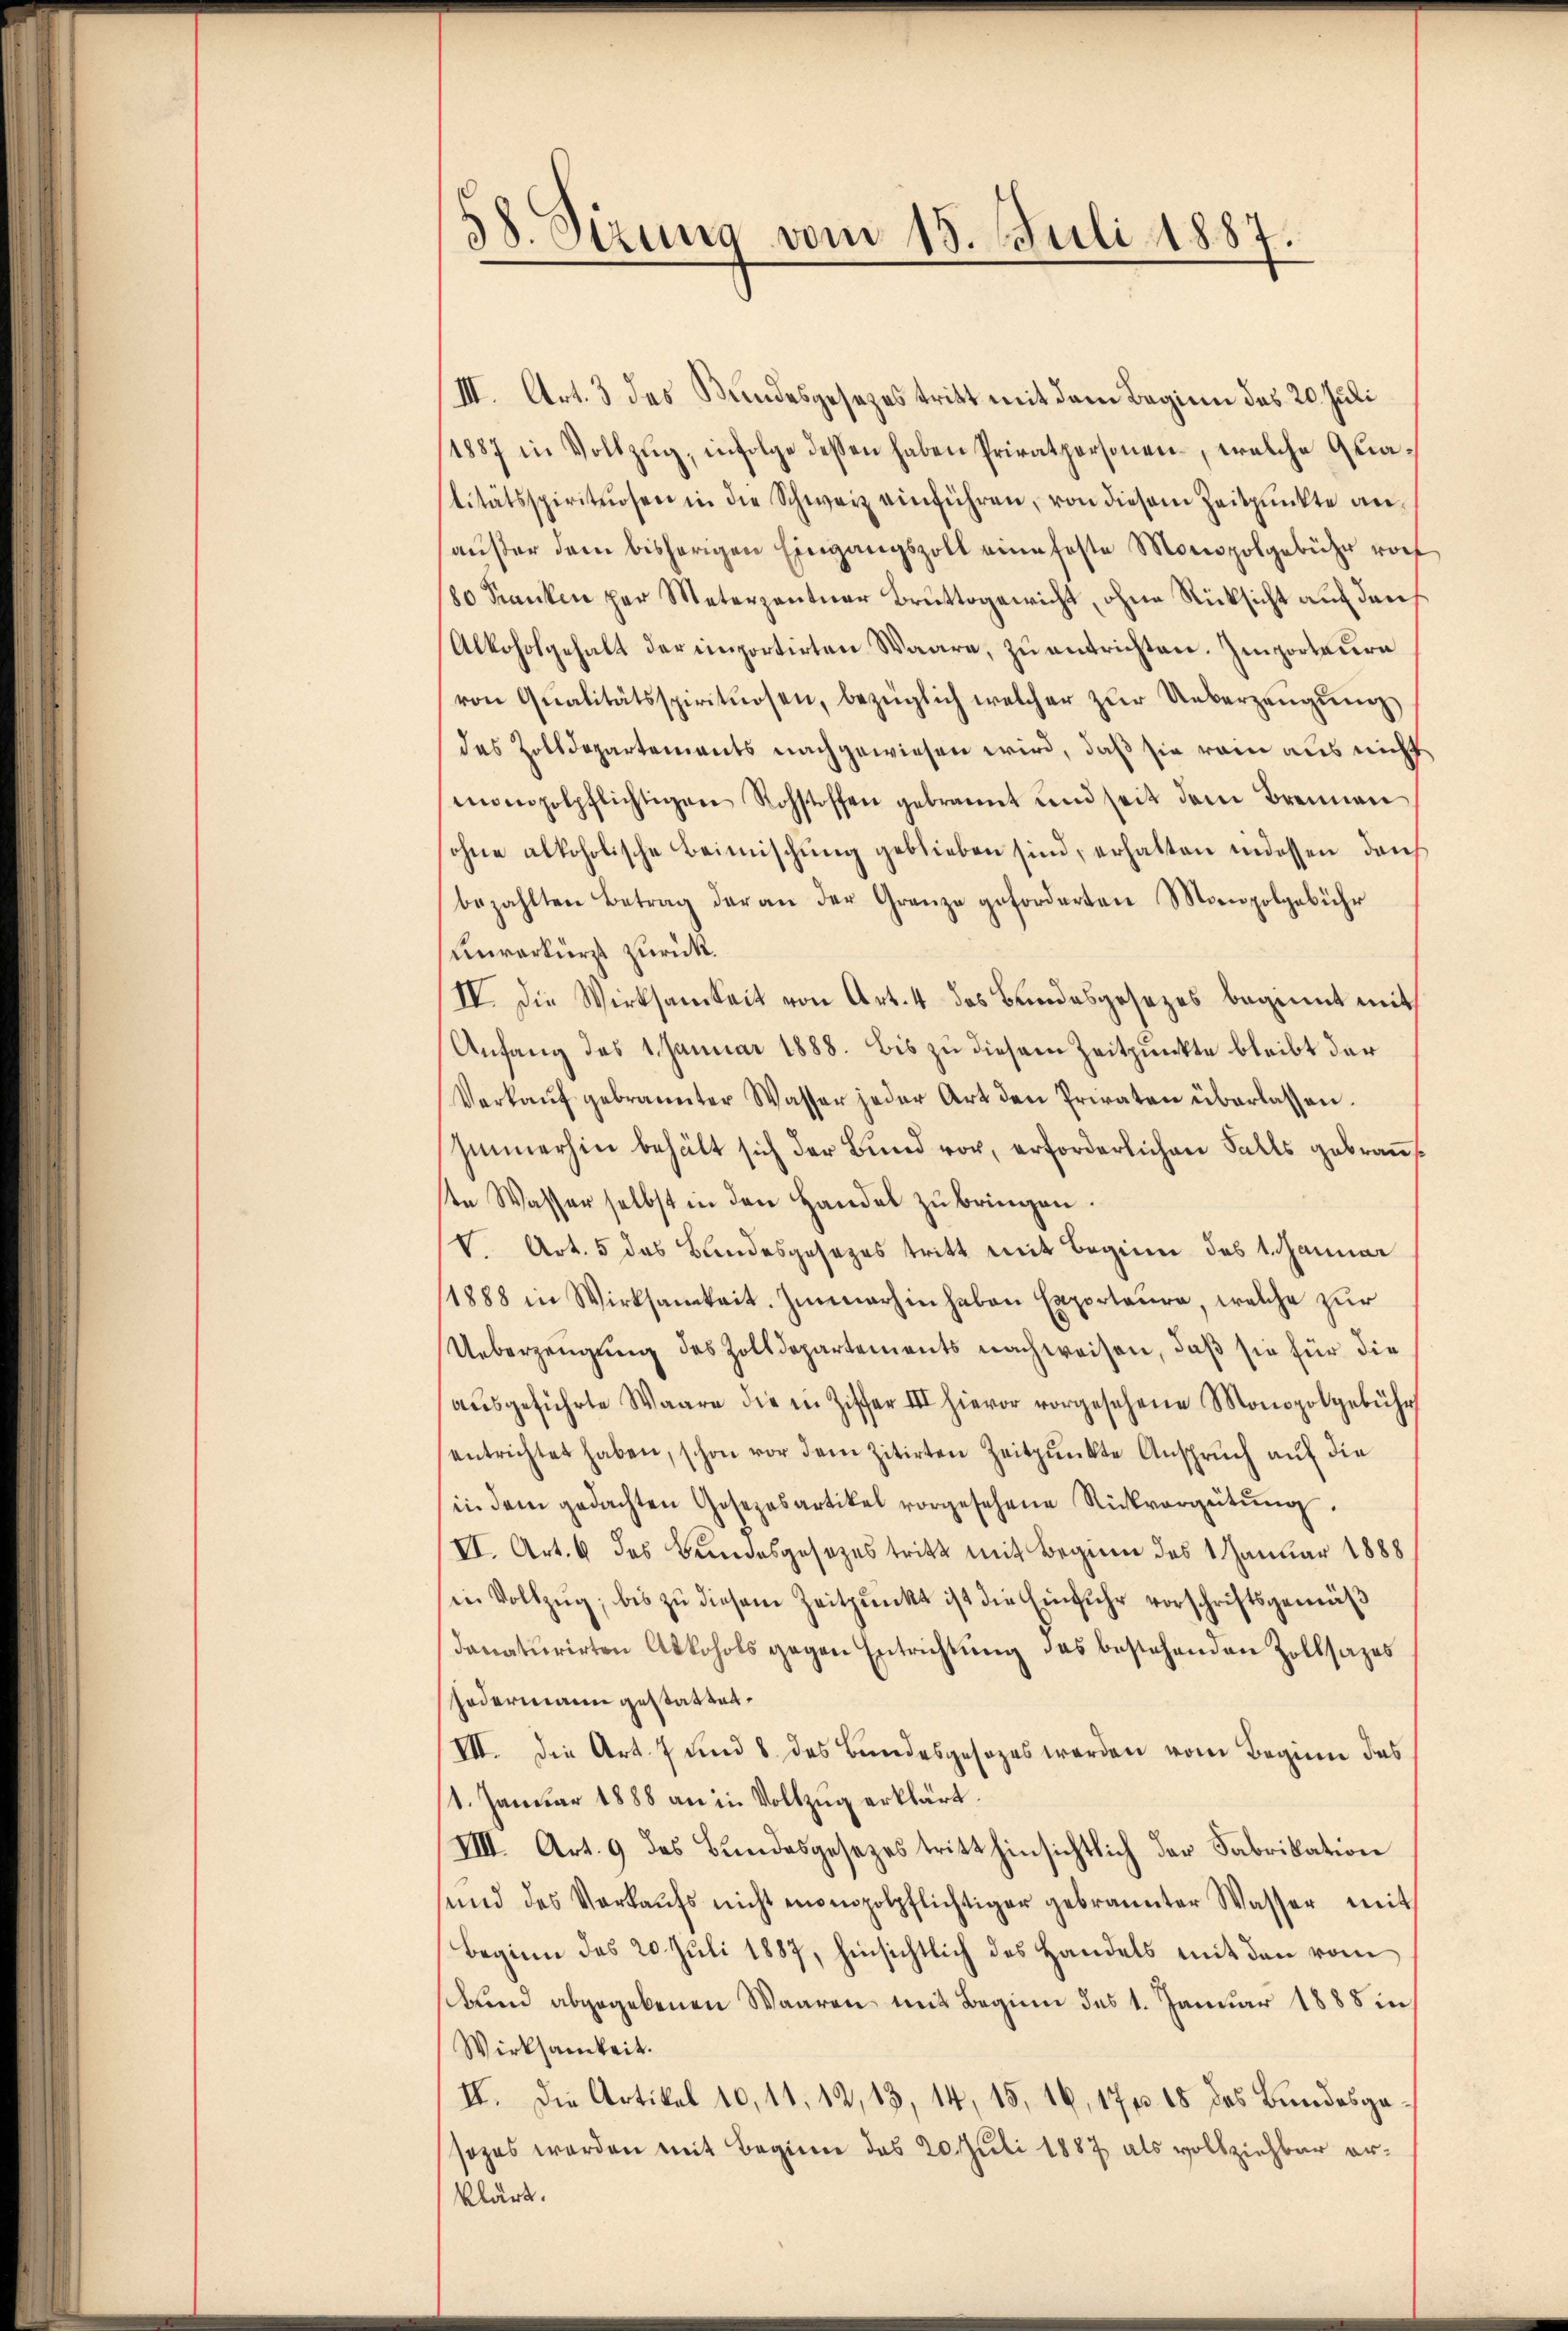
38. Sizung vom 15. Juli 1887

III. Art. 3 des Bundesgesezes tritt mit dem Beginn des 20. Juli
1887 in Vollzŭg, infolge dessen haben Privatpersonen, welche Quatitätsspirituosen in die Schweiz einführen, von diesem Zeitpunkte anaußer dem bisherigen Eingangszoll eine feste Monopolgebühr vorh
80 Kranken per Meterpentner Bruttogewicht, ohne Rücksicht auf den
Alkoholgehalt der importirten Waare, zu entrichten. Importeure
von Qualitätsspirituosen, bezüglich welcher zŭr Ueberzeŭgŭng
das Zolldepartements nachgewiesen wird, daß sie rein aus nicht
monopolpflichtigen Rohstoffen gebrannt und seit dem Brennen
ohne alkoholische Beimischŭng geblieben sind, erhalten indessen durch
bezahlten Betrag der an der Granze geforderten Monopolgebühr
Unverkürzt zurück.
IV. Die Wirksamkeit von Art. 4 das Bundesgesezes beginnt mit
Anfang des 1. Januar 1888. bis zu diesem Zeitpunkte bleibt der
Verkaŭf gebrannter Wasser jeder Art den Priraten überlassen.
Immerhin behält sich der Bund vor, erforderlichen Falls gebrausste Wasser selbst in den Handel zu bringen.
V. Art. 5 das Bundesgesezes tritt mit Beginn des 1. Januar
1888 in Wirksamkeit. Immerhin haben Exporteure, welche zur
Ueberzeugung des Zolldepartements nachweisen, daß sie für die
aŭsgeführte Waare die in Ziffer III hievor vorgesehene Monopolgebühr
entrichtet haben, schon vor dem zitirten Zeitpunkte Ansprŭch aŭf die
in dem gedachten Josezesartikel vorgesehene Rückvergütŭng.
VI. Art. 6 des Bundesgesezes tritt mit Beginn des 1 Januar 1888
in Vollzug, bis zu diesem Zeitpunkt ist die Einfuhr vorschriftsgemäß
donaturirten Alkohols gegen Entrichtung das bestehenden Zollsazes
Fodermann gestattet.
VII. Die Art. 7 und 8 des Bundesgesezes werden vom Beginn das
11. Januar 1888 an in Vollzug erklärt.
VIII. Art. 9 des Bundesgesezes tritt hinsichtlich der Fabrikation
sund des Verkaŭfs nicht encompolpflichtiger gebrannter Wasser mit
Beginn des 20. Juli 1887, hinsichtlich des Handels mit den vom
sbund abgegebenen Waaren mit Beginn des 1. Januar 1888 in
Wirksamkeit.
II. Die Artikel 10, 11, 12, 13, 14, 15, 16, 17 f 18 des Bundesgasezes werden mit Beginne das 20. Juli 1887 als vollziehbar erklärt.